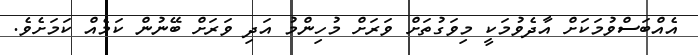
އެއްބަސްވުމަކަށް އާދެވުމަކީ މިވަގުތަށް ވަރަށް މުހިންމު އަދި ވަރަށް ބޭނުން ކަމެއް ކަމަށެވެ.